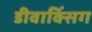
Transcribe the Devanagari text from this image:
डीवाक्सिंग